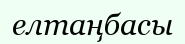
елтаңбасы